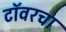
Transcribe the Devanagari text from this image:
टॉवरचा